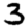
Digit: 3